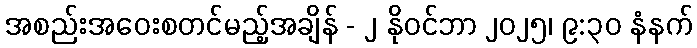
အစည်းအဝေးစတင်မည့်အချိန် - ၂ နိုဝင်ဘာ ၂၀၂၅၊ ၉:၃၀ နံနက်